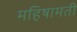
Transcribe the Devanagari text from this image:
महिषामती